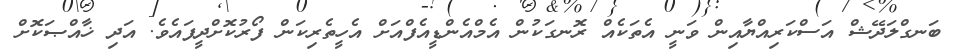
ބަނގްލަދޭޝް އަސްކަރިއްޔާއިން ވަނީ އެތަކެއް ރޮނގަކުން އެމްއެންޑީއެފްއަށް އެހީތެރިކަން ފޯރުކޮށްދީފައެވެ. އަދި ޚާއްޞަކޮށް